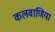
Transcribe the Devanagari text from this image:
कलवाणिया